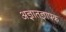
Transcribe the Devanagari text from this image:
अज्ञातज्ञापक